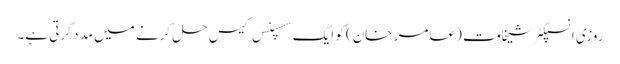
روزی انسپکٹر شیخاوت (عامر خان) کو ایک سسپنس کیس حل کرنے میں مدد کرتی ہے۔